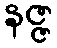
နဇ္ဇ